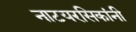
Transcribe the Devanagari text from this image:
नाटयरसिकांनी